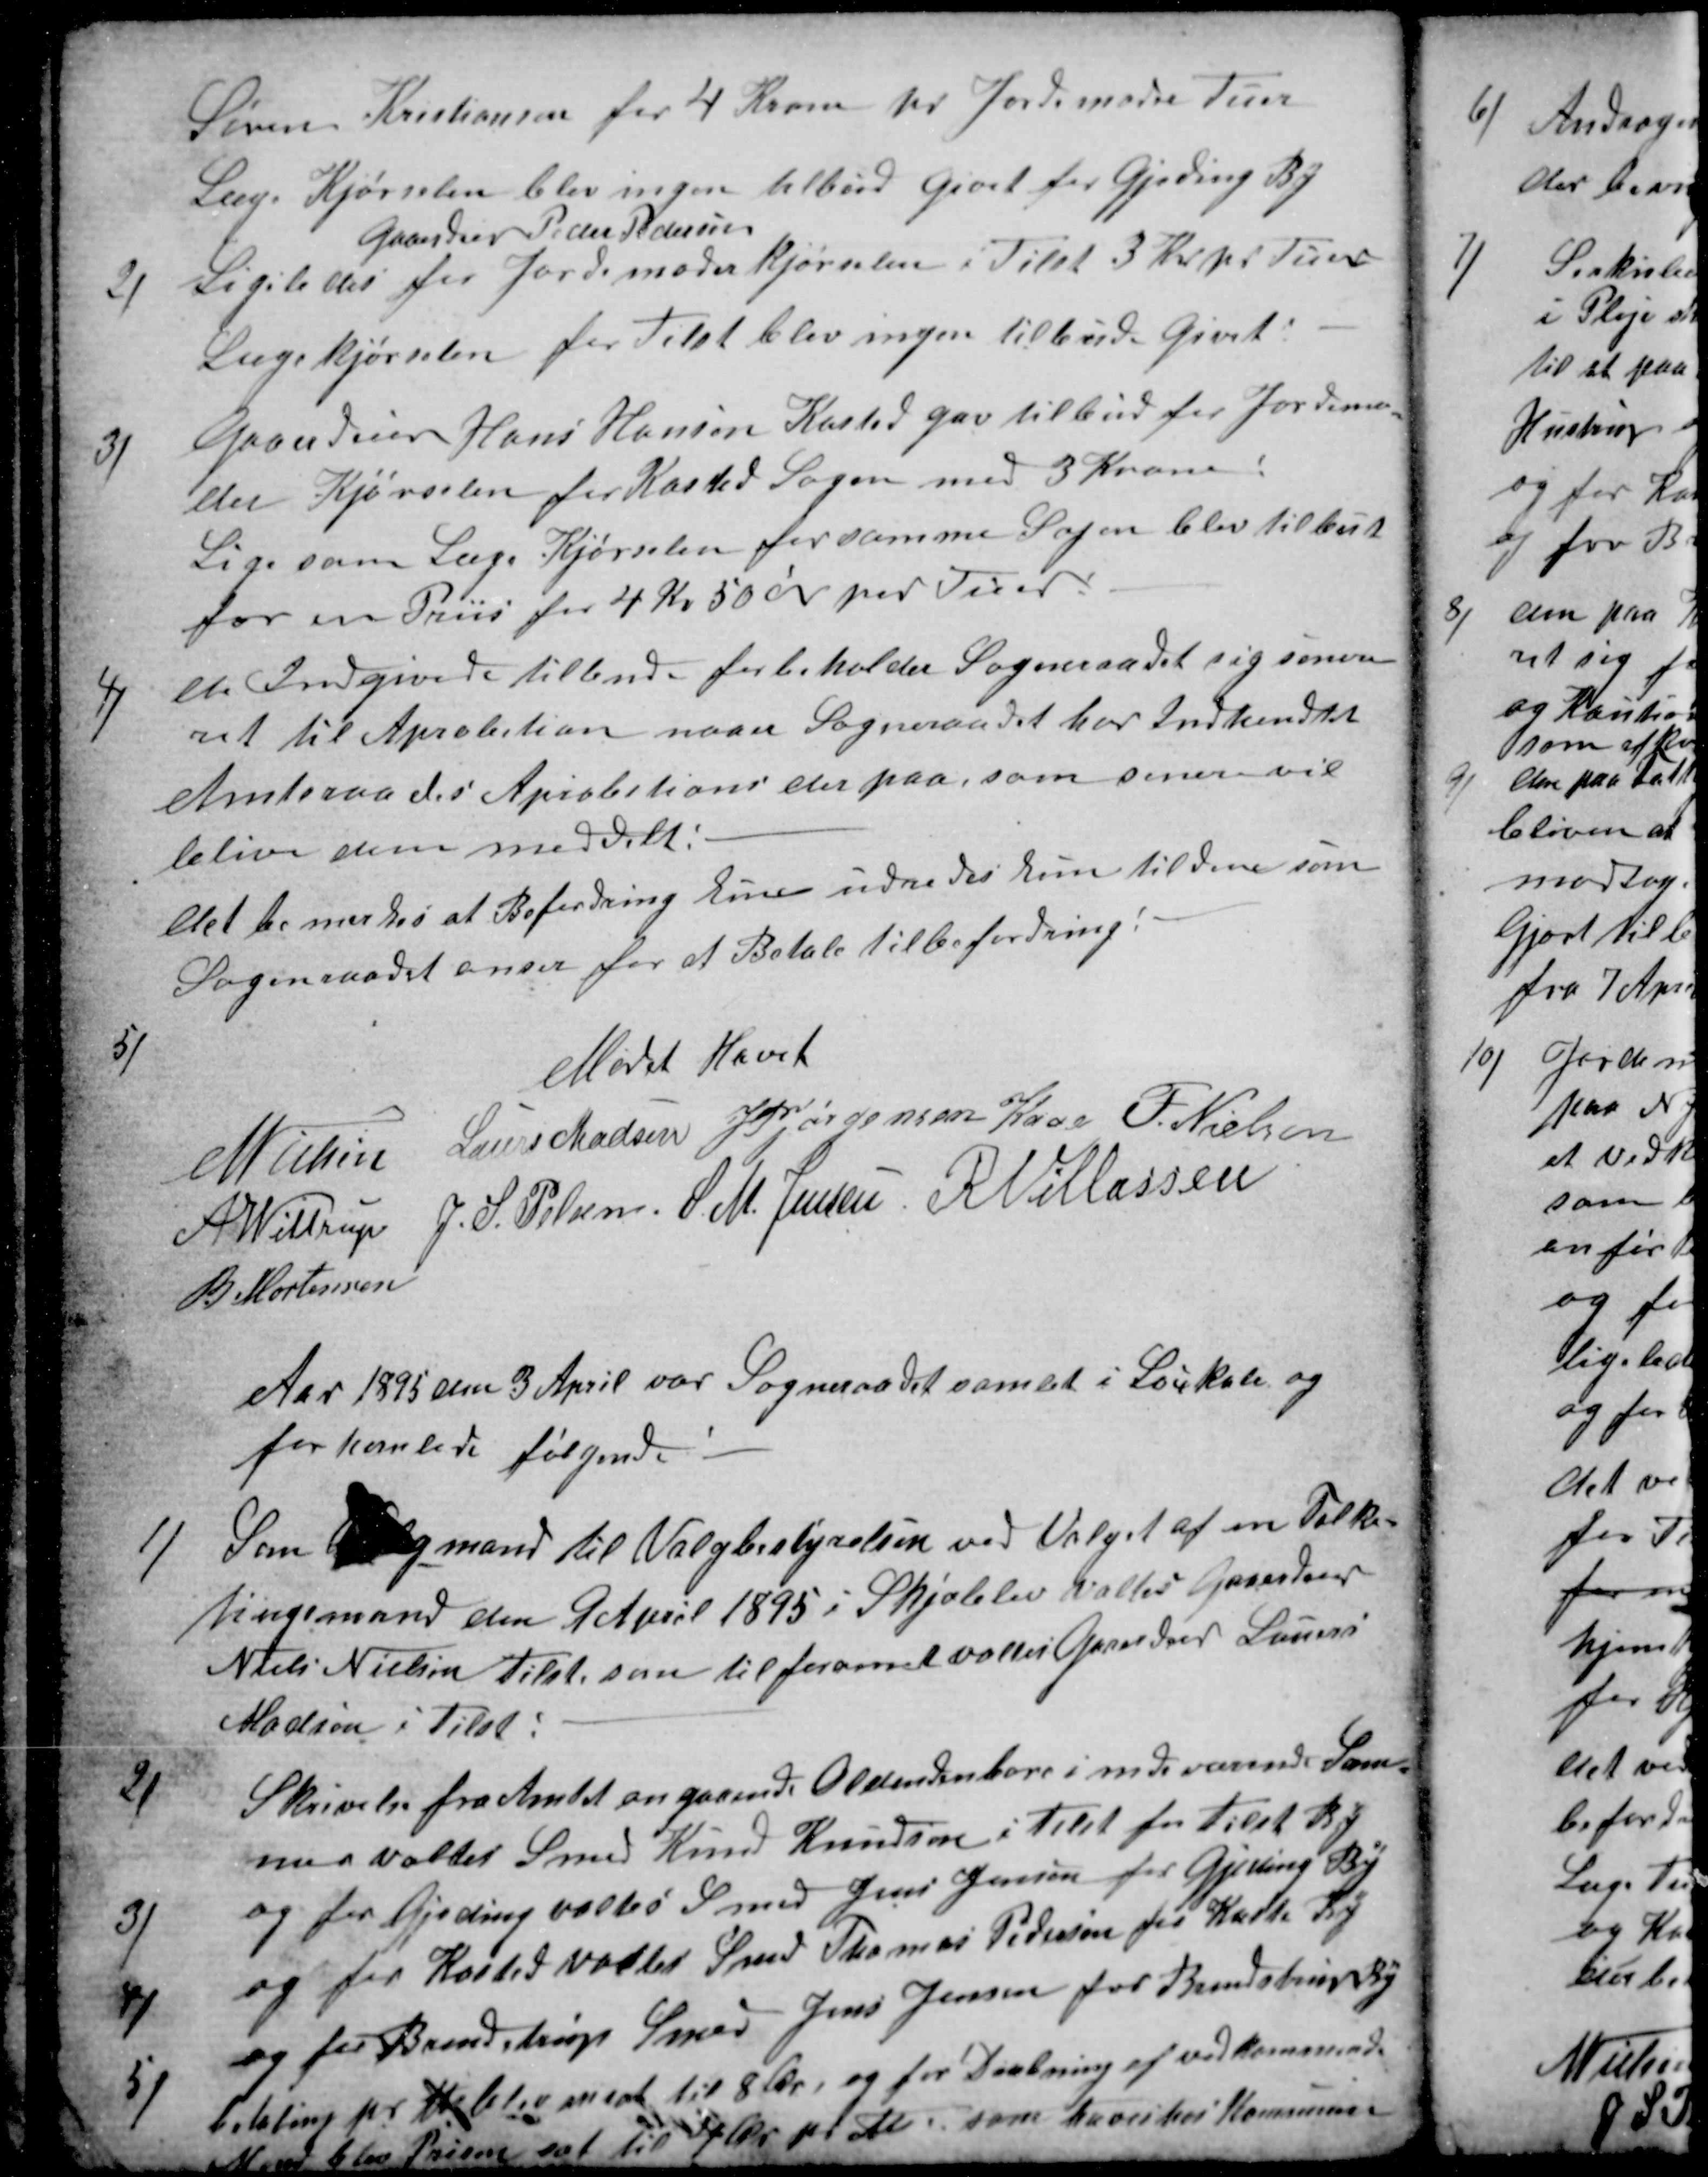
Transskription:
Søren Kristiansen for 4 Kroner pr Jordemoder Tur
Læge Kjørselen blev ingen tilbud Givet for Gjeding By
2)
Ligeledes 
Gaardeier Peder Pedersen
for Jordemoder Kjørselen i Tilst 3 Kr pr Tuer
Lægekjørselen for Tilst blev ingen tilbud Givet:
3)
Gaardeier Hans Hansen Kasted gav tilbud for Jordemo-
der Kjørselen for Kasted Sogen med 3 Kroner
Lige som Læge Kjørselen for samme Sogen blev tilbut
for en Priis for 4 Kr 50 Øre pr Tuer.
4)
de Indgivede tilbud forbeholder Sogneraadet sig senere
ret til Aprobetion naaer Sogneraadet har indhendtet
Amtsraades Aprobetioner derpaa, som senere vil
blive dem meddelt.
det bemerkes at Befordring kun udredes kun til dem som
Sogneraadet anser for at Betale til befordring.
5)
Mødet hævet
N Nielsen
Laurs Madsen
J PJørgensen Kaae
F. Nielsen
A Wittrup
J. S. Pelsen
S M. Jensen
R. Villassen
B Mortensen
Aar 1895 den 3 April var Sogneraadet samlet i Loukale og
forhanlede følgende.
1)
 Som Valgmand til Valgbestyrelsen ved Valget af en Folke-
tingsmand den 9 April 1895 i Skjolelev Valtes Gaardeier
Niels Nielsen Tilst som tilforornet valtes Gaardeier Laurs
Madsen i Tilst.
2)
Skrivelse fra Amtet angaaende Oldendenbore i indeværende Som-
mer valtes Smed Knud Knudsen i Tilst for Tilst By
3)
og for Gjeding valtes Smed Jens Jensen for Gjeding By
4)
og for Kasted valtes Smed Thomas Pedersen for Kasted By
5)
og for Brendstrup Smed Jens Jensen for Brendstrup By
betaling pr ℔ blev ansat til 8 Øre, og for Dræbning af vedkommende
Mend blev Prisen sat til 4 Øre pr ℔ som hæves hos Kommunen